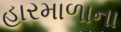
હારમાળાના